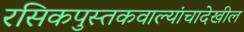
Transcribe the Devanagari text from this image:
रसिकपुस्तकवाल्यांचादेखील